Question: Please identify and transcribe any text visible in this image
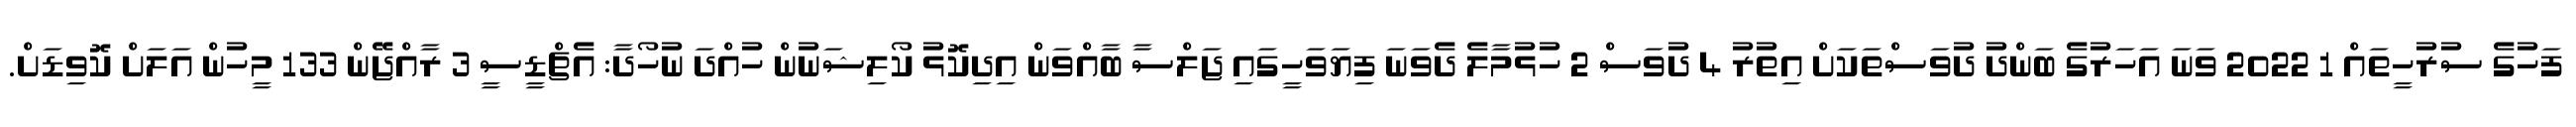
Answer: ފަހުގެ ސުރުހީތައް 1 2022 ވަނަ އަހަރުގެ ބަންދު ދުވަސްތަކަށް އިތުރު 4 ދުވަސް 2 ހުޅުމާލެ ދެވަނަ ފިޔަވަހީގައި ޖަލްސާ ބާއްވަން އިދިކޮޅު ކޯލިޝަނުން ހުއްދަ ނުހޯދާ: އެޗްޑީސީ 3 ރާއްޖޭން 133 މީހުން އަލަށް ކޮވިޑަށް.